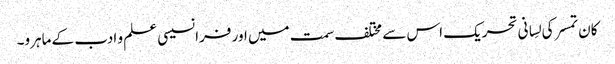
کان تمسر کی لِسانی تحریک اس سے مختلف سمت میں اور فرانسیسی علم و ادب کے ماہرو۔